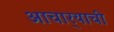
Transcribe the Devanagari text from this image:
आचार्‍याची